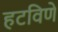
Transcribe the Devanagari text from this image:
हटविणे